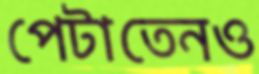
পেটাতেনও